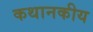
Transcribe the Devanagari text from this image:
कथानकीय